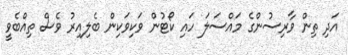
އަދި ތިން ވާރިސުންގެ މައްސަލަ ހައި ކޯޓުން ވަކިވަކިން ބެލިއިރު ވެސް ތިއްބެވީ